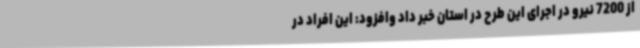
از 7200 نیرو در اجرای این طرح در استان خبر داد وافزود: این افراد در